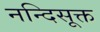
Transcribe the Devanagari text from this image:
नन्दिसूक्त